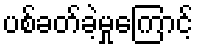
ပစ်ခတ်ခဲ့မှုကြောင့်